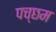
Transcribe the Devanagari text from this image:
पच्छम